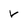
Character: v